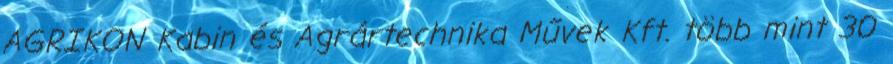
AGRIKON Kabin és Agrártechnika Művek Kft. több mint 30